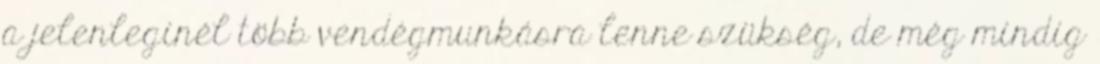
a jelenleginél több vendégmunkásra lenne szükség, de még mindig